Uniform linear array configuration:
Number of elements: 24
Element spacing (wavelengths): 0.5
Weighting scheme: hamming
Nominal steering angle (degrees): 45
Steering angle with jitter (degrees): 46.321
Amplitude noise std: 0.05
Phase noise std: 0.05

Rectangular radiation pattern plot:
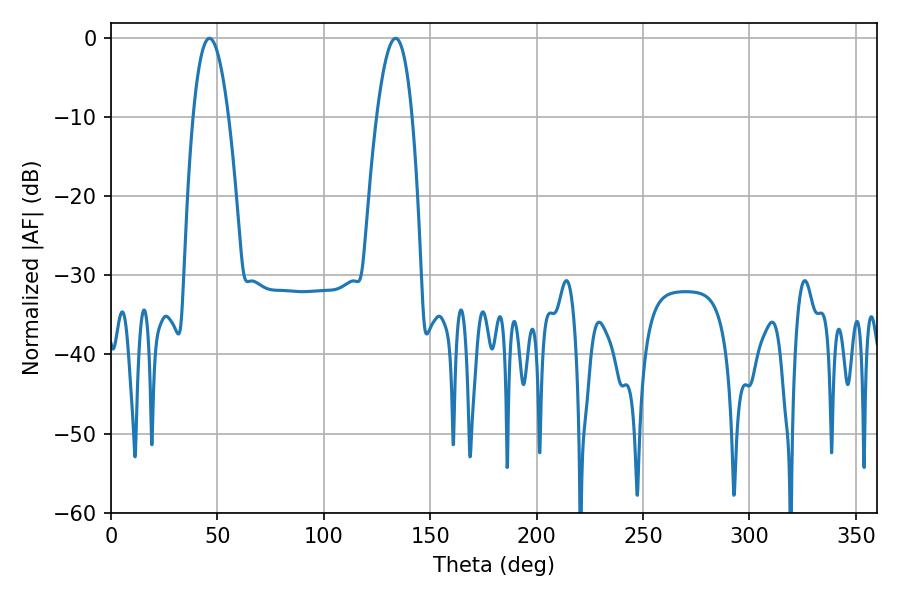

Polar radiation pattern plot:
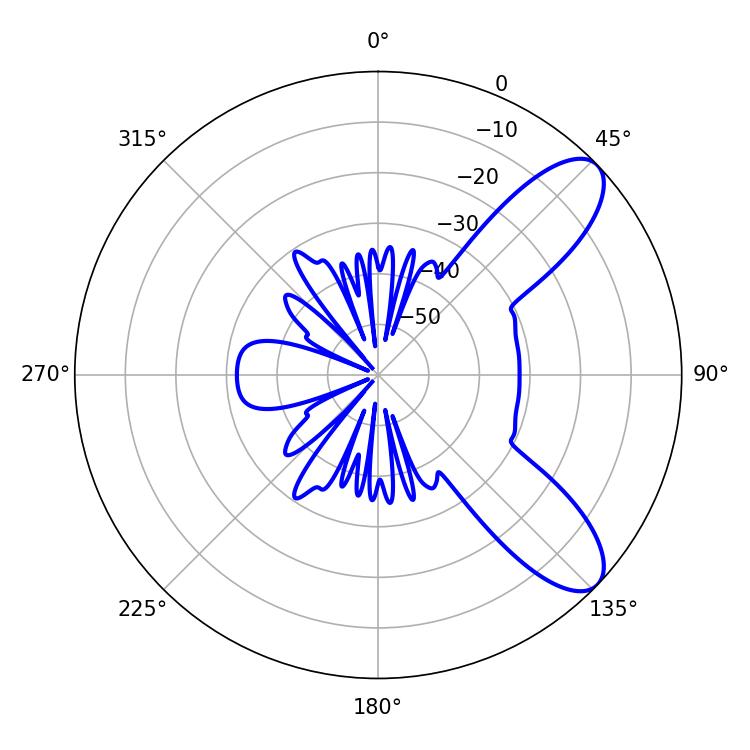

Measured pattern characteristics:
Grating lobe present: FALSE
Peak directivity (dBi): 9.031
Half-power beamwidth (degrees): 9.18
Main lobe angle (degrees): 46.26